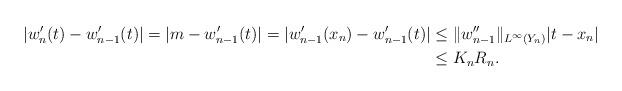
LaTeX: \begin{align*}|w'_n (t) - w_{n-1}'(t)| = |m - w'_{n-1}(t)| = |w'_{n-1}(x_n) - w'_{n-1}(t)| & \leq \|w_{n-1}''\|_{L^{\infty}(Y_n)}|t - x_n| \\& \leq K_n R_n. \end{align*}